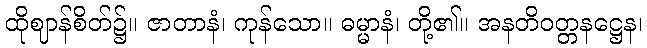
ထိုဈာန်စိတ်၌။ ဇာတာနံ၊ ကုန်သော။ ဓမ္မာနံ၊ တို့၏။ အနတိဝတ္တနဋ္ဌေန၊